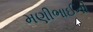
મણીભાઈની